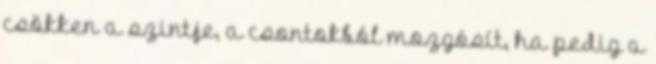
csökken a szintje, a csontokból mozgósít, ha pedig a